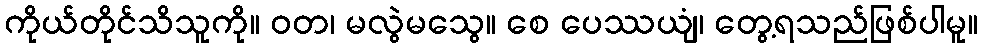
ကိုယ်တိုင်သိသူကို။ ဝတ၊ မလွဲမသွေ။ စေ ပေဿယျံ၊ တွေ့ရသည်ဖြစ်ပါမူ။